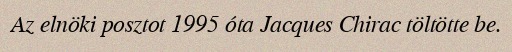
Az elnöki posztot 1995 óta Jacques Chirac töltötte be.